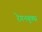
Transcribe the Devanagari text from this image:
रेगनबुक्स